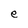
Character: e